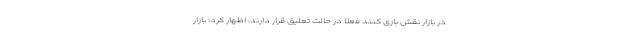
در بازار نقش بازی کنند فعلا در حالت تعلیق قرار دارند، اظهار کرد: بازار